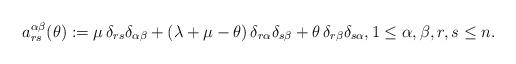
LaTeX: \begin{align*}a_{rs}^{\alpha\beta}(\theta):=\mu\,\delta_{rs}\delta_{\alpha\beta}+(\lambda+\mu-\theta)\,\delta_{r\alpha}\delta_{s\beta}+\theta\,\delta_{r\beta}\delta_{s\alpha},1\leq\alpha,\beta,r,s\leq n.\end{align*}